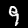
Label: 9